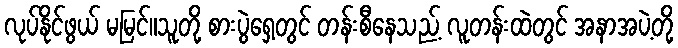
လုပ်နိုင်ဖွယ် မမြင်။သူတို့ စားပွဲရှေ့တွင် တန်းစီနေသည့် လူတန်းထဲတွင် အနာအပဲ့တို့